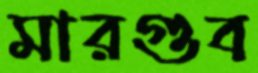
মারগুব